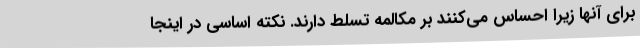
برای آنها زیرا احساس می‌کنند بر مکالمه تسلط دارند. نکته اساسی در اینجا